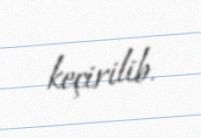
keçirilib.